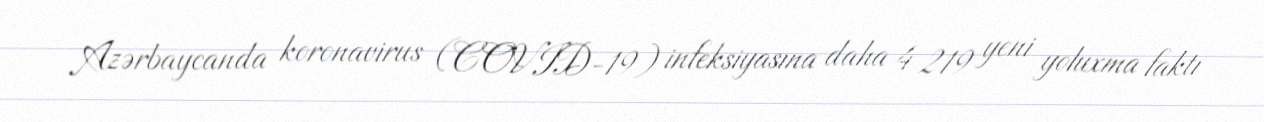
Azərbaycanda koronavirus (COVID-19) infeksiyasına daha 4 219 yeni yoluxma faktı